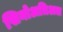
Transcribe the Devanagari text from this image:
सिनोअत्रिअल